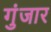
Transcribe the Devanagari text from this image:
गुंजार